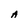
Character: A